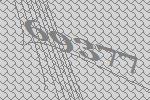
69377